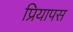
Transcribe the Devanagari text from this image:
प्रियापस